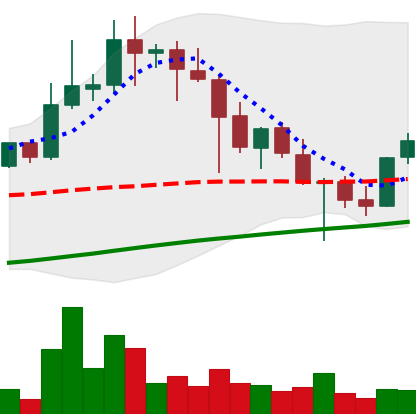
Ticker: XLM-USD
Chart end date: 2021-04-27
Forward return: 9.816%
Label: up_7plus